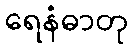
ရေနံဓာတု